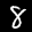
Label: 8